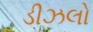
ડીઝલો